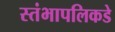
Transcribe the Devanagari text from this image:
स्तंभापलिकडे